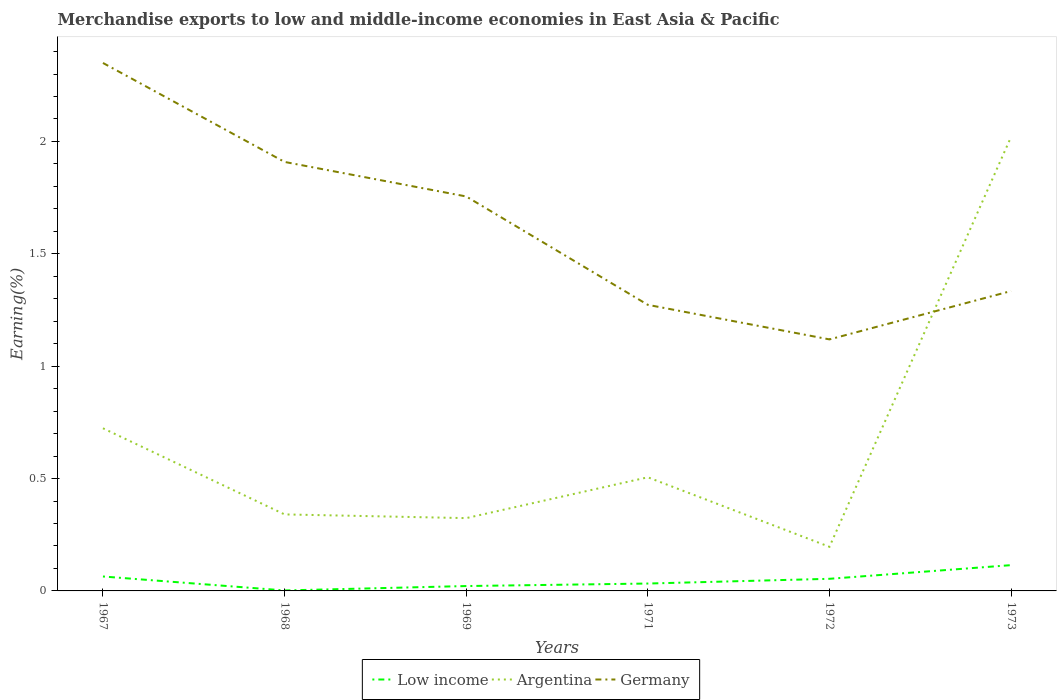
| Years | Low income | Argentina | Germany |
 | --- | --- | --- | --- |
 | 1967 | 0.0642 | 0.724 | 2.35 |
 | 1968 | 0.00209 | 0.34 | 1.91 |
 | 1969 | 0.0217 | 0.324 | 1.76 |
 | 1971 | 0.0329 | 0.506 | 1.27 |
 | 1972 | 0.0539 | 0.196 | 1.12 |
 | 1973 | 0.115 | 2.02 | 1.33 |